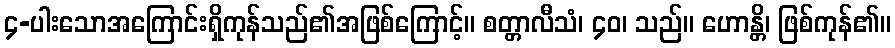
၄-ပါးသောအကြောင်းရှိကုန်သည်၏အဖြစ်ကြောင့်။ စတ္တာလီသံ၊ ၄၀၊ သည်။ ဟောန္တိ၊ ဖြစ်ကုန်၏။